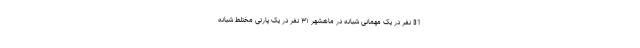
31 نفر در یک مهمانی شبانه در ماهشهر ۳۱ نفر در یک پارتی مختلط شبانه